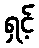
ရှင့်